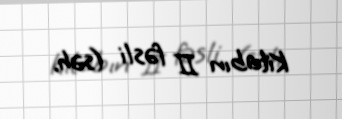
Kitabın II fəsli (səh.